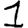
Digit: 1